Annual report on the Civil Veterinary Department, Burma (including the Insein Veterinary School) - 1923-1931
Year: 1923
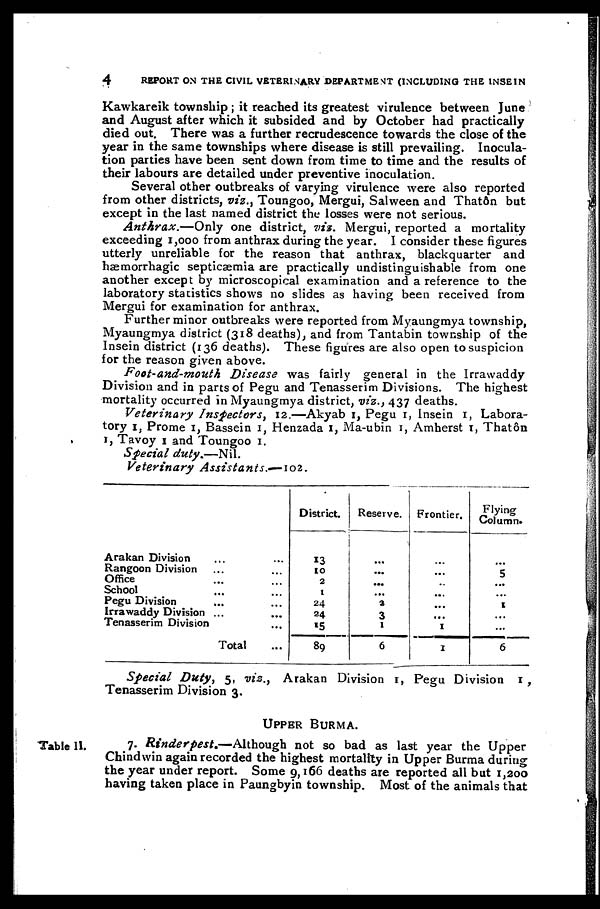
4
REPORT ON THE CIVIL VETERINARY DEPARTMENT (INCLUDING THE INSEIN
Kawkareik township ; it reached its greatest virulence between June
and August after which it subsided and by October had practically
died out. There was a further recrudescence towards the close of the
year in the same townships where disease is still prevailing. Inocula-
tion parties have been sent down from time to time and the results of
their labours are detailed under preventive inoculation.
Several other outbreaks of varying virulence were also reported
from other districts, viz., Toungoo, Mergui, Salween and Thatôn but
except in the last named district the losses were not serious.
Anthrax.—Only
one district, vis. Mergui, reported a mortality
exceeding 1,000 from anthrax during the year. I consider these figures
utterly unreliable for the reason that anthrax, blackquarter and
hæmorrhagic septicæmia are practically undistinguishable from one
another except by microscopical examination and a reference to the
laboratory statistics shows no slides as having been received from
Mergui for examination for anthrax.
Further minor outbreaks were reported from Myaungmya township,
Myaungmya district (318 deaths), and from Tantabin township of the
Insein district (136 deaths). These figures are also open to suspicion
for the reason given above.
Foot-and-mouth
Disease was fairly general in the Irrawaddy
Division and in parts of Pegu and Tenasserim Divisions. The highest
mortality occurred in Myaungmya district, viz., 437 deaths.
Veterinary Inspectors, 12.—Akyab 1, Pegu 1, Insein 1, Labora-
tory 1, Prome 1, Bassein 1, Henzada 1, Ma-ubin 1, Amherst 1, Thatôn
1, Tavoy 1 and Toungoo 1.
Special
duty.—Nil.
Veterinary
Assistants.—102.
Arakan Division ... ...
Rangoon Division ... ...
Office ... ...
School ... ...
Pegu Division ... ...
Irrawaddy Division ... ...
Tenasserim Division ...
Total ...
District.
13
10
2
1
24
24
15
89
Reserve.
...
...
...
...
3
3
1
6
Frontier.
...
...
...
...
...
...
1
1
Flying
Column.
...
5
...
...
1
...
...
6
Special Duty, 5, viz., Arakan Division 1, Pegu Division 1,
Tenasserim Division 3.
UPPER BURMA.
Table 11.
7. Rinderpest.—Although
not so bad as last year the Upper
Chindwin again recorded the highest mortality in Upper Burma during
the year under report. Some 9,166 deaths are reported all but 1,200
having taken place in Paungbyin township. Most of the animals that